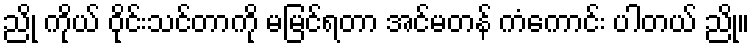
ညို ကိုယ် ဝိုင်းသင်တာကို မမြင်ရတာ အင်မတန် ကံကောင်း ပါတယ် ညို။